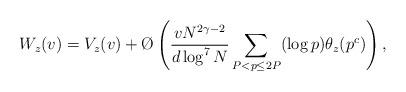
LaTeX: \begin{align*}W_{z}(v)=V_{z}(v)+\O\left(\frac{vN^{2\gamma-2}}{d\log^7N}\sum_{P<p\leq 2P}(\log p)\theta_{z}(p^c)\right),\end{align*}